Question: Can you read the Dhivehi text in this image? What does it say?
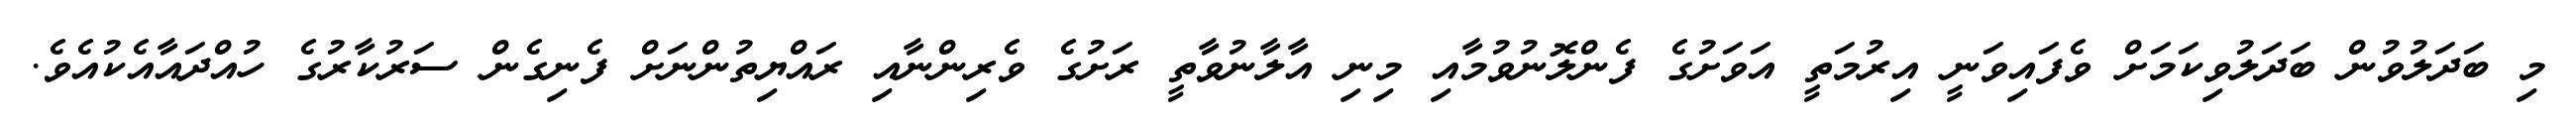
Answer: މި ބަދަލުވުން ބަދަލުވިކަމަށް ވެފައިވަނީ އިރުމަތީ އަވަށުގެ ފެންލޮނުވުމާއި މިނި އާލާނުވާތީ ރަށުގެ ވެރިންނާއި ރައްޔިތުންނަށް ފެނިގެން ސަރުކާރުގެ ހުއްދައާއެކުއެވެ.